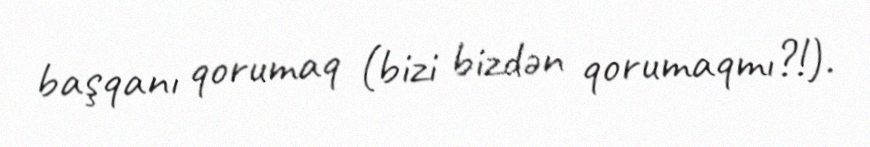
başqanı qorumaq (bizi bizdən qorumaqmı?!).